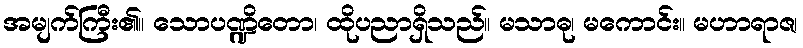
အမျက်ကြီး၏။ သောပဏ္ဍိတော၊ ထိုပညာရှိသည်။ မသာဓု၊ မကောင်း။ မဟာရာဇ၊